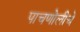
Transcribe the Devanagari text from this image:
पाचणोलीचे